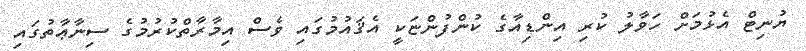
ޔުނިޓް އެޅުމަށް ހަވާލު ކުރި އިންޑިއާގެ ކުންފުންޏަކީ އެޤައުމުގައި ވެސް އިމާރާތްކުރުމުގެ ސިނާޢާތުގައި